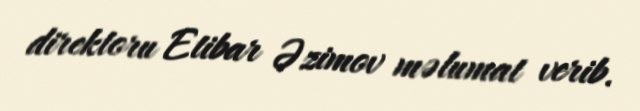
direktoru Etibar Əzimov məlumat verib.